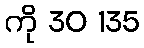
ကို 30 135